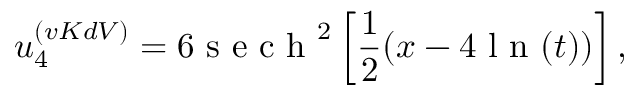
u _ { 4 } ^ { ( v K d V ) } = 6 \mathrm { ~ s ~ e ~ c ~ h ~ } ^ { 2 } \left[ \frac { 1 } { 2 } ( x - 4 \mathrm { ~ l ~ n ~ } ( t ) ) \right] ,